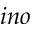
i n o